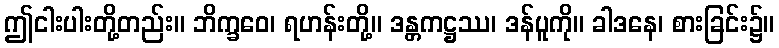
ဤငါးပါးတို့တည်း။ ဘိက္ခဝေ၊ ရဟန်းတို့။ ဒန္တကဋ္ဌဿ၊ ဒန်ပူကို။ ခါဒနေ၊ စားခြင်း၌။